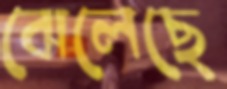
ঝেলেছে